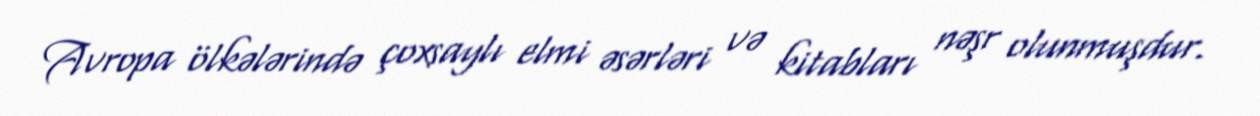
Avropa ölkələrində çoxsaylı elmi əsərləri və kitabları nəşr olunmuşdur.